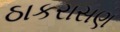
ઠાકરાસણ